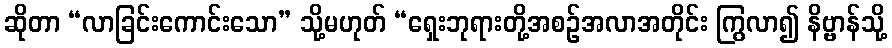
ဆိုတာ “လာခြင်းကောင်းသော” သို့မဟုတ် “ရှေးဘုရားတို့အစဉ်အလာအတိုင်း ကြွလာ၍ နိဗ္ဗာန်သို့